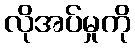
လိုအပ်မှုကို